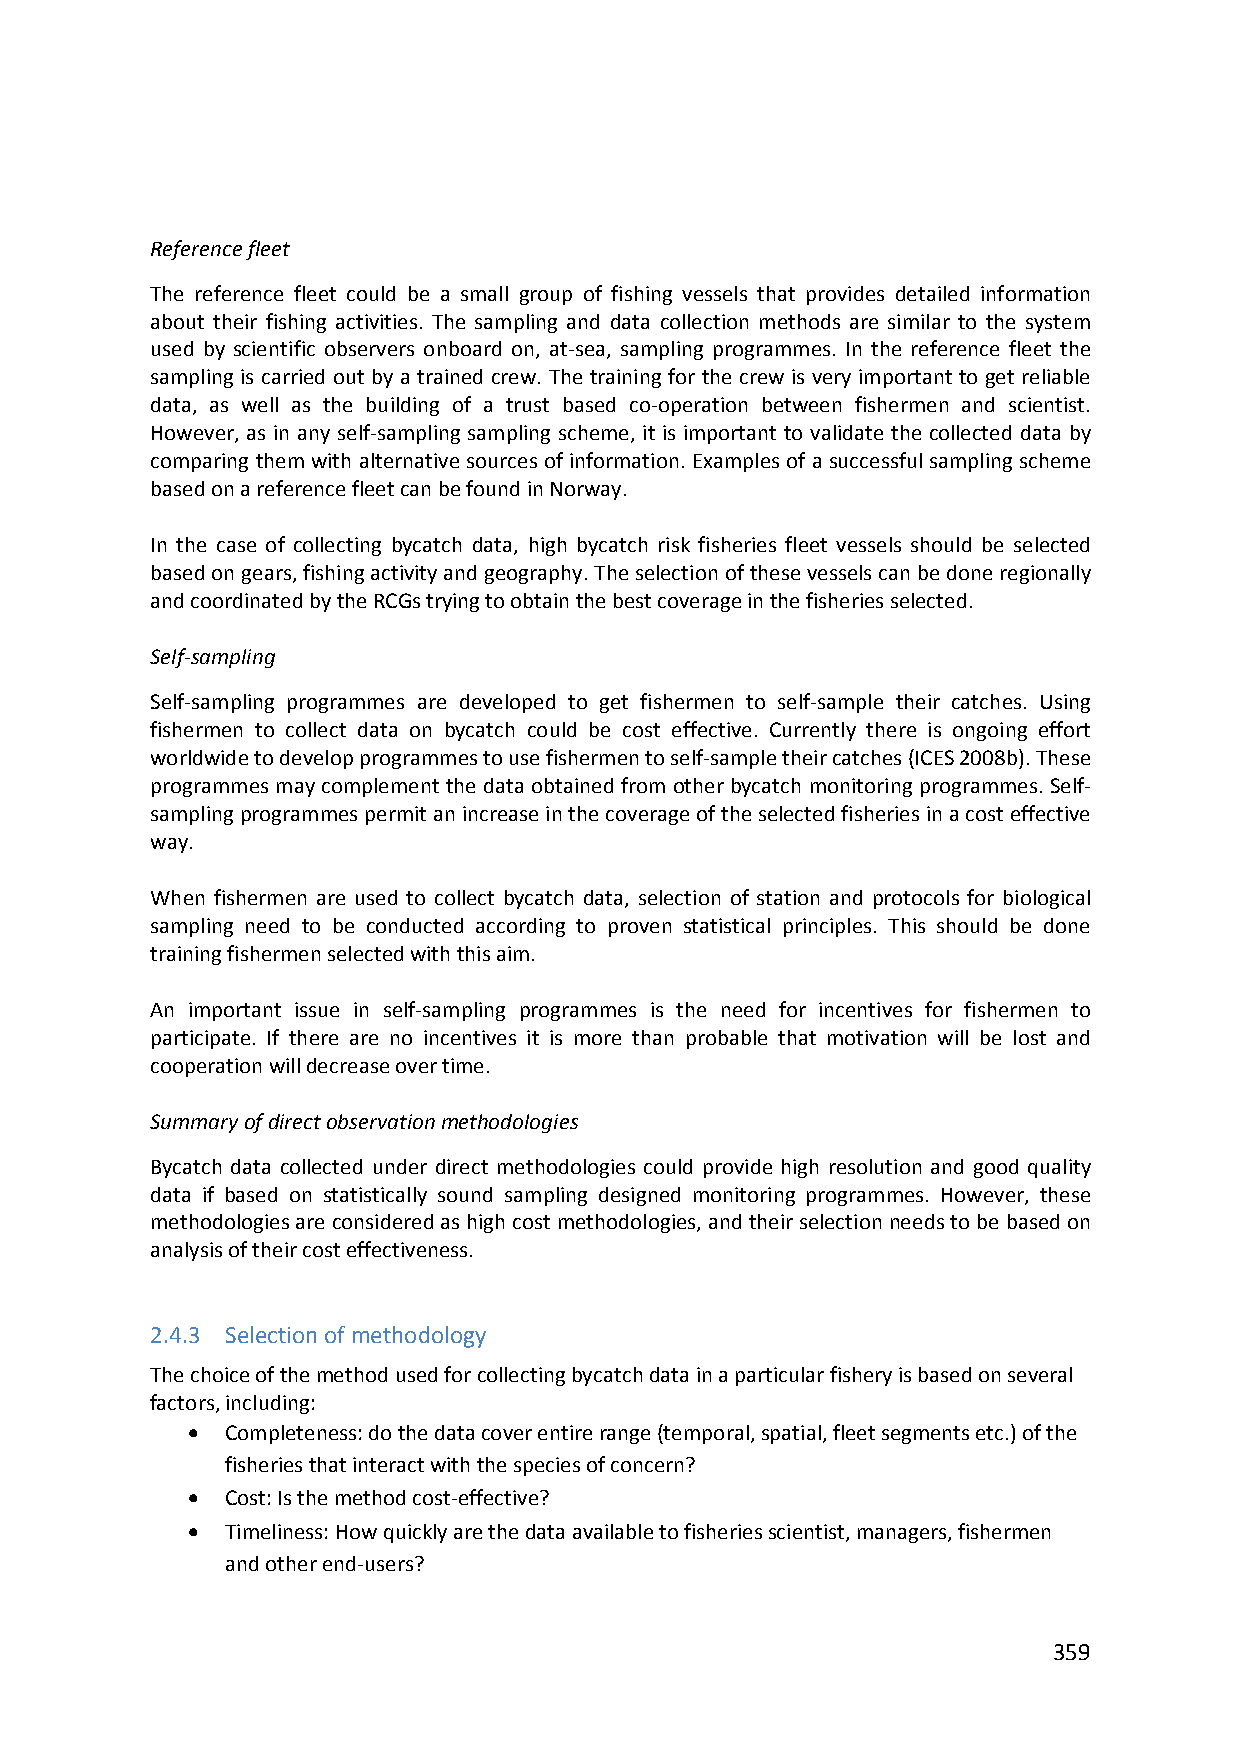
Reference fleet
 The reference fleet could be a small group of fishing vessels that provides detailed information
 about their fishing activities. The sampling and data collection methods are similar to the system
 used by scientific observers onboard on, at‐sea, sampling programmes. In the reference fleet the
 sampling is carried out by a trained crew. The training for the crew is very important to get reliable
 data, as well as the building of a trust based co‐operation between fishermen and scientist.
 However, as in any self‐sampling sampling scheme, it is important to validate the collected data by
 comparing them with alternative sources of information. Examples of a successful sampling scheme
 based on a reference fleet can be found in Norway.
 In the case of collecting bycatch data, high bycatch risk fisheries fleet vessels should be selected
 based on gears, fishing activity and geography. The selection of these vessels can be done regionally
 and coordinated by the RCGs trying to obtain the best coverage in the fisheries selected.
 Self‐sampling
 Self‐sampling programmes are developed to get fishermen to self‐sample their catches. Using
 fishermen to collect data on bycatch could be cost effective. Currently there is ongoing effort
 worldwide to develop programmes to use fishermen to self‐sample their catches (ICES 2008b). These
 programmes may complement the data obtained from other bycatch monitoring programmes. Self‐
 sampling programmes permit an increase in the coverage of the selected fisheries in a cost effective
 way.
 When fishermen are used to collect bycatch data, selection of station and protocols for biological
 sampling need to be conducted according to proven statistical principles. This should be done
 training fishermen selected with this aim.
 An important issue in self‐sampling programmes is the need for incentives for fishermen to
 participate. If there are no incentives it is more than probable that motivation will be lost and
 cooperation will decrease over time.
 Summary of direct observation methodologies
 Bycatch data collected under direct methodologies could provide high resolution and good quality
 data if based on statistically sound sampling designed monitoring programmes. However, these
 methodologies are considered as high cost methodologies, and their selection needs to be based on
 analysis of their cost effectiveness.
 2.4.3 Selection of methodology
 The choice of the method used for collecting bycatch data in a particular fishery is based on several
 factors, including:
   Completeness: do the data cover entire range (temporal, spatial, fleet segments etc.) of the
 fisheries that interact with the species of concern?
   Cost: Is the method cost‐effective?
   Timeliness: How quickly are the data available to fisheries scientist, managers, fishermen
 and other end‐users?
 359